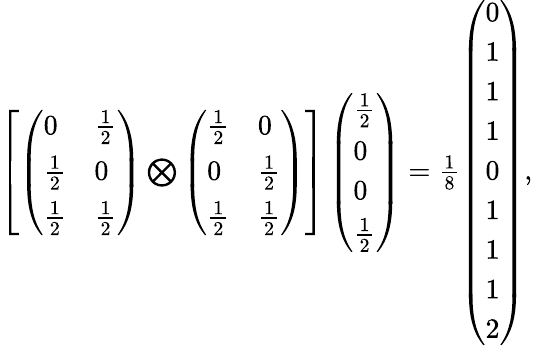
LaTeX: \begin{array}{r}{\left[\left(\begin{array}{ll}{0}&{\frac{1}{2}}\\ {\frac{1}{2}}&{0}\\ {\frac{1}{2}}&{\frac{1}{2}}\end{array}\right)\bigotimes\left(\begin{array}{ll}{\frac{1}{2}}&{0}\\ {0}&{\frac{1}{2}}\\ {\frac{1}{2}}&{\frac{1}{2}}\end{array}\right)\right]\left(\begin{array}{l}{\frac{1}{2}}\\ {0}\\ {0}\\ {\frac{1}{2}}\end{array}\right)=\frac{1}{8}\left(\begin{array}{l}{0}\\ {1}\\ {1}\\ {1}\\ {0}\\ {1}\\ {1}\\ {1}\\ {2}\end{array}\right),}\end{array}